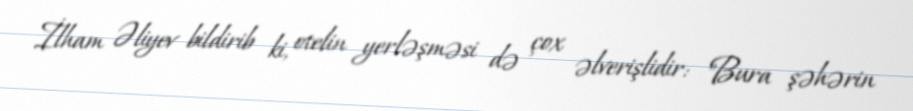
İlham Əliyev bildirib ki, otelin yerləşməsi də çox əlverişlidir: "Bura şəhərin